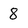
Character: 8